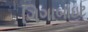
ગિગાબાઇટ